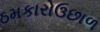
ઠમકારોઉછાળ